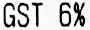
GST 6%